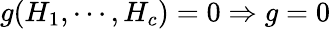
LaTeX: g(H_{1},\cdots,H_{c})=0\Rightarrow g=0